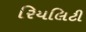
રિયલિટી